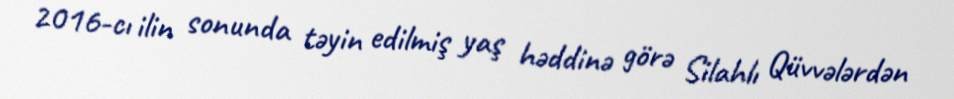
2016-cı ilin sonunda təyin edilmiş yaş həddinə görə Silahlı Qüvvələrdən